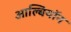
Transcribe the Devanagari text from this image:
आल्बियॉन